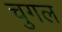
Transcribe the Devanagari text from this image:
चुगल